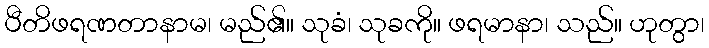
ပီတိဖရဏတာနာမ၊ မည်၏။ သုခံ၊ သုခကို။ ဖရမာနာ၊ သည်။ ဟုတွာ၊